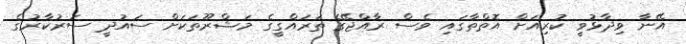
އޭނާ ވިދާޅުވީ ކުރިއަށް އޮތްތާގައި ވެސް ރާއްޖޭގެ ތަރައްގީގެ މަޝްރޫތަކަށް ސައުދީ ސަރުކާރުގެ